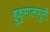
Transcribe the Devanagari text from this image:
हुकुमालागुनी